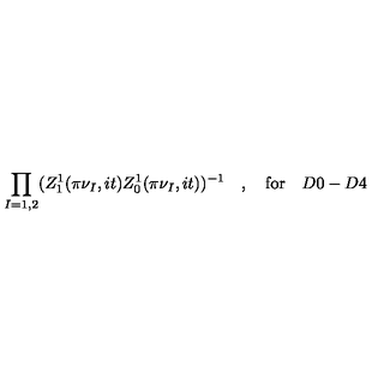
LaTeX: \prod _ { I = 1 , 2 } ( Z _ { 1 } ^ { 1 } ( \pi \nu _ { I } , i t ) Z _ { 0 } ^ { 1 } ( \pi \nu _ { I } , i t ) ) ^ { - 1 } \quad , \quad \mathrm { f o r } \quad D 0 - D 4